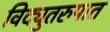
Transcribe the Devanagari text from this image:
विद्युतरुपात